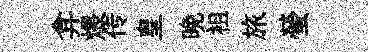
弇煨传皇晩袓旅螢